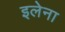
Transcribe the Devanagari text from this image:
इलेना